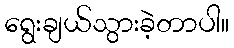
ရွေးချယ်သွားခဲ့တာပါ။